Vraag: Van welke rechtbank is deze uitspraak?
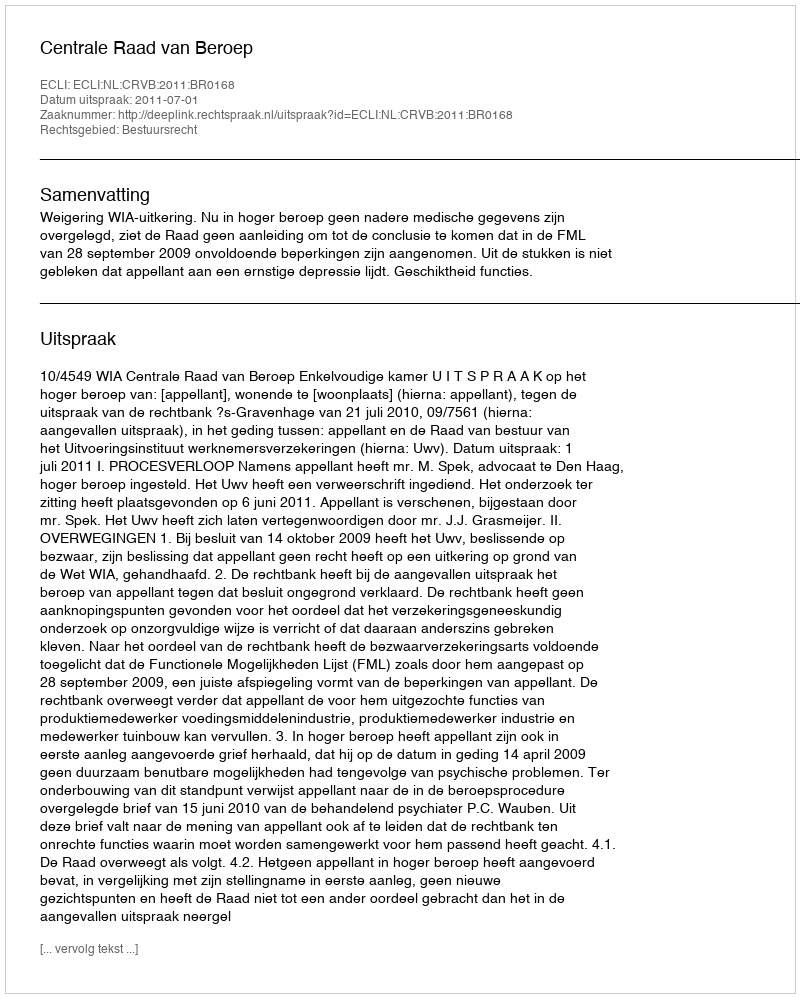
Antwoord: Centrale Raad van Beroep